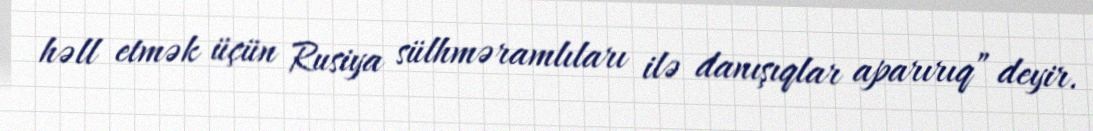
həll etmək üçün Rusiya sülhməramlıları ilə danışıqlar aparırıq” deyir.